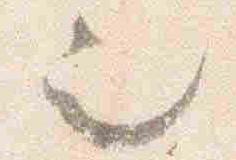
也